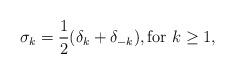
LaTeX: \begin{align*}\sigma_k = \frac{1}{2}(\delta_{k} + \delta_{-k}), \textrm{for $k \geq 1$}, \end{align*}